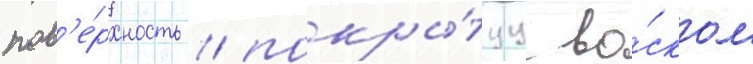
пов'е́рхность / покры́туу во́ском